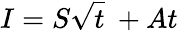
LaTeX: I=S{\sqrt{t}}\ +At